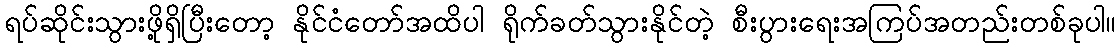
ရပ်ဆိုင်းသွားဖို့ရှိပြီးတော့ နိုင်ငံတော်အထိပါ ရိုက်ခတ်သွားနိုင်တဲ့ စီးပွားရေးအကြပ်အတည်းတစ်ခုပါ။